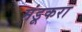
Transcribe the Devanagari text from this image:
मंडूकरा